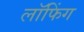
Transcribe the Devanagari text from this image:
लॉफिंग